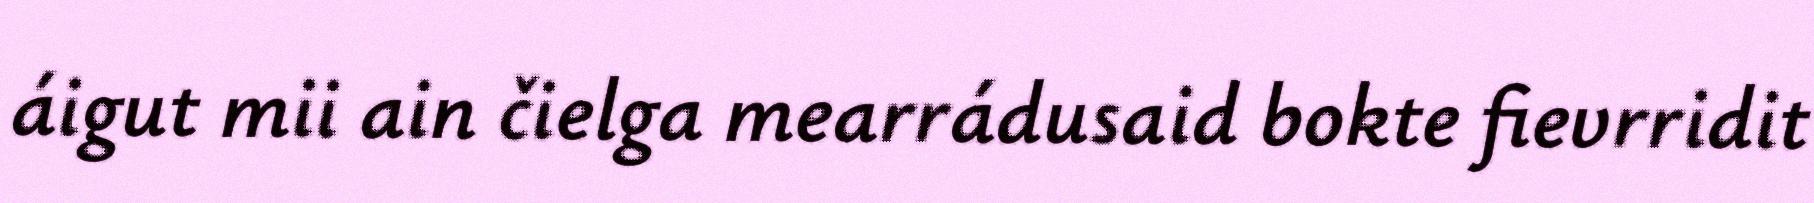
áigut mii ain čielga mearrádusaid bokte fievrridit